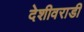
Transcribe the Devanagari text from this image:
देशीवराडी